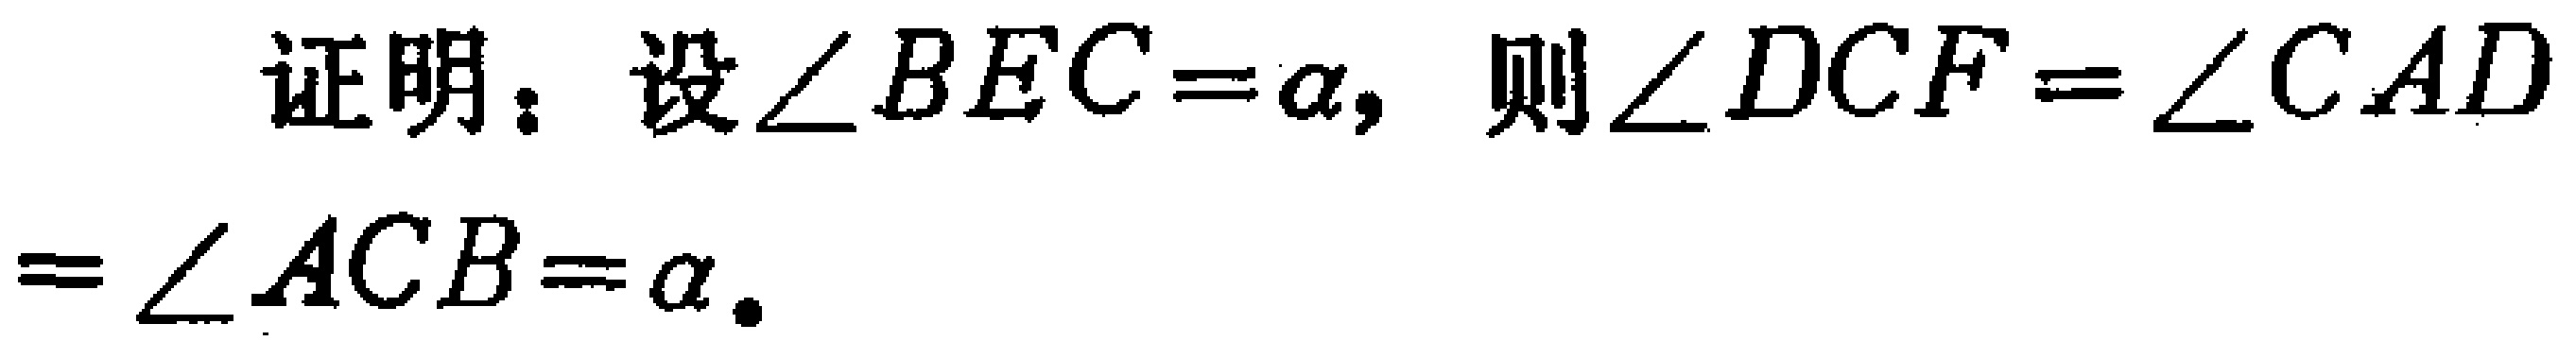
证明：设$\angle BEC=\alpha$，则$\angle DCF=\angle CAD=\angle ACB=\alpha$.